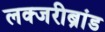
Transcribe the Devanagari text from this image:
लक्जरीब्रांड